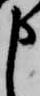
申